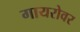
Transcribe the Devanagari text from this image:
गायरोवर